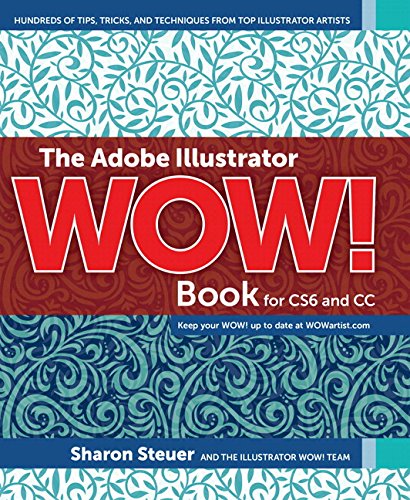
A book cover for The Adobe Illustrator WOW! Book for CS6 and CC; Sharon Steuer; Computers & Technology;